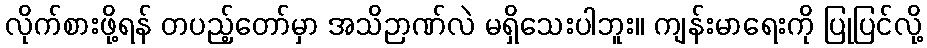
လိုက်စားဖို့ရန် တပည့်တော်မှာ အသိဉာဏ်လဲ မရှိသေးပါဘူး။ ကျန်းမာရေးကို ပြုပြင်လို့